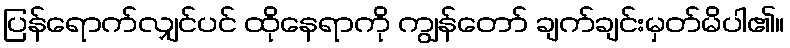
ပြန်ရောက်လျှင်ပင် ထိုနေရာကို ကျွန်တော် ချက်ချင်းမှတ်မိပါ၏။